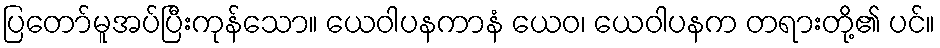
ပြတော်မူအပ်ပြီးကုန်သော။ ယေဝါပနကာနံ ယေဝ၊ ယေဝါပနက တရားတို့၏ ပင်။